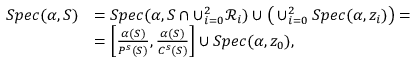
\begin{array} { r l } { S p e c ( \alpha , S ) } & { = S p e c ( \alpha , S \cap \cup _ { i = 0 } ^ { 2 } \mathcal { R } _ { i } ) \cup \big ( \cup _ { i = 0 } ^ { 2 } S p e c ( \alpha , z _ { i } ) \big ) = } \\ & { = \left[ \frac { \alpha ( S ) } { P ^ { s } ( S ) } , \frac { \alpha ( S ) } { C ^ { s } ( S ) } \right] \cup S p e c ( \alpha , z _ { 0 } ) , } \end{array}